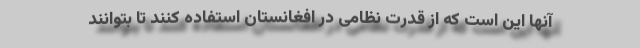
آنها این است که از قدرت نظامی در افغانستان استفاده کنند تا بتوانند